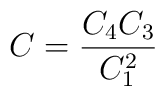
{\displaystyle{C=\frac{C_{4}C_{3}}{C^{2}_{1}} }}